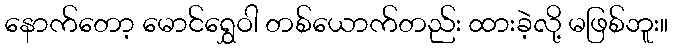
နောက်တော့ မောင်ရွှေဝါ တစ်ယောက်တည်း ထားခဲ့လို့ မဖြစ်ဘူး။